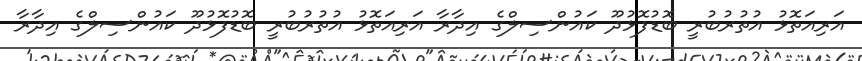
އަރިއަތޮޅު އުތުރުބުރީ ބޮޑުފޮޅުދޫ ކައުންސިލްގެ އިދާރާ އަރިއަތޮޅު އުތުރުބުރީ ބޮޑުފޮޅުދޫ ކައުންސިލްގެ އިދާރާ